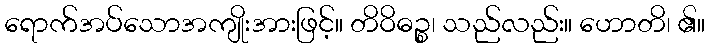
ရောက်အပ်သောအကျိုးအားဖြင့်။ တိဝိဓဉ္စ၊ သည်လည်း။ ဟောတိ၊ ၏။